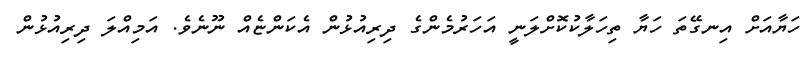
ހަޔާއަށް އިނގޭތަ ހަޔާ ތިހަލާކުކޮށްލަނީ އަހަރުމެންގެ ދިރިއުޅުން އެކަންޏެއް ނޫނެވެ. އަމިއްލަ ދިރިއުޅުން